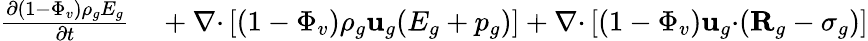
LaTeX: \begin{array}{rl}{\frac{\partial(1-\Phi_{v})\rho_{g}E_{g}}{\partial t}}&{{}+\nabla\mathbf{\cdot}\left[(1-\Phi_{v})\rho_{g}\textbf{u}_{g}(E_{g}+p_{g})\right]+\nabla\mathbf{\cdot}\left[(1-\Phi_{v})\textbf{u}_{g}\mathbf{\cdot}(\textbf{R}_{g}-\mathbf{\sigma}_{g})\right]}\end{array}